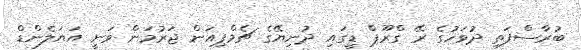
ބުރާސްފަތި ދުވަހުގެ ރޭ ގްރޫޕް ޑީގައި ދުނިޔޭގެ ޗެމްޕިއަން ޖަރުމަން ވަނީ އަޔަލެންޑް